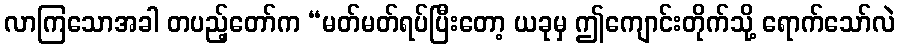
လာကြသောအခါ တပည့်တော်က “မတ်မတ်ရပ်ပြီးတော့ ယခုမှ ဤကျောင်းတိုက်သို့ ရောက်သော်လဲ